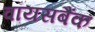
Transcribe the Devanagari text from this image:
वॉयसबैंक